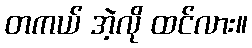
တကယ် အဲ့လို ထင်လား။